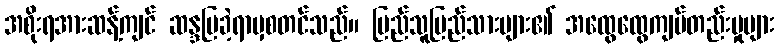
အစိုးရအားဆန့်ကျင် ဆန္ဒပြခဲ့ရာမှစတင်သည်။ ပြည်သူပြည်သားများ၏ အထွေထွေကျပ်တည်းမှုများ